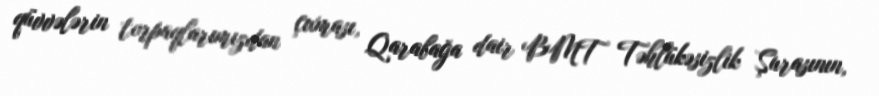
qüvvələrin torpaqlarımızdan çıxması, Qarabağa dair BMT Təhlükəsizlik Şurasının,